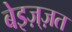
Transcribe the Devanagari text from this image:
बेइज़्ज़त